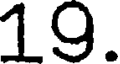
19.